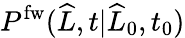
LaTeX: P^{\mathrm{fw}}(\widehat{L},t|\widehat{L}_{0},t_{0})